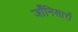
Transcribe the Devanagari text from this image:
जाँनिसारों